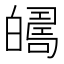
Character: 𤾦